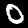
Label: 0